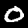
Digit: 0